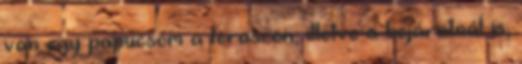
van egy papucsom a teraszon, illetve a bejáratnál is,